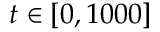
t \in [ 0 , 1 0 0 0 ]